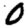
Digit: 0